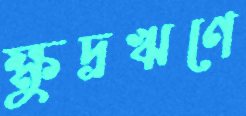
ক্ষুদ্রঋণে